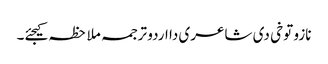
نازو توخی د‏‏ی شاعری دا اردو ترجمہ ملاحظہ کیجئے۔